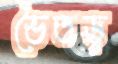
ভৈতড়